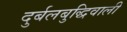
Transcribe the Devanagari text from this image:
दुर्बलबुद्धिवाली